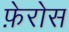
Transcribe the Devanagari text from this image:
फ़ेरोस